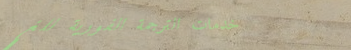
خدمات الترجمة الفورية للغ